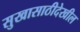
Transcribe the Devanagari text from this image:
सुखासाठीदेखील